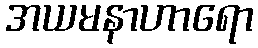
အယမနာဟာရော